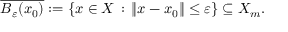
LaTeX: { \overline { { B _ { \varepsilon } ( x _ { 0 } ) } } } : = \{ x \in X \, : \, \| x - x _ { 0 } \| \leq \varepsilon \} \subseteq X _ { m } .